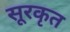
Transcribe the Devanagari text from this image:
सूरकृत